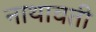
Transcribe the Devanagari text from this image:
नाथावती